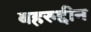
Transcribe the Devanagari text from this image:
बहरुद्दीन